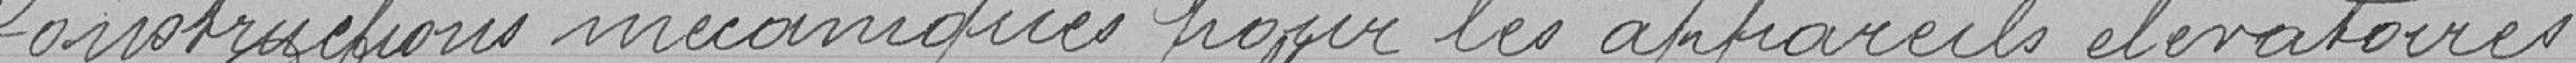
constructions mécaniques pour les appareils élévatoires.